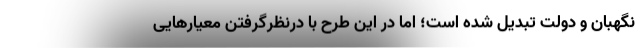
نگهبان و دولت تبدیل شده است؛ اما در این طرح با در‌نظر‌گرفتن معیار‌هایی